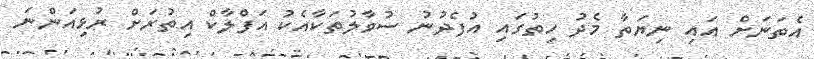
އެތަނަށް އައި ނިޔަތާ މެދު ހިތުގައި އުފެދުނު ސުވާލުތަކާއެކު އަފްލާކް އިތުރަށް ރުޅިއަންނަ